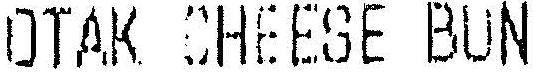
OTAK CHEESE BUN